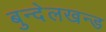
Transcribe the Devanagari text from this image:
बुन्देलखन्ड